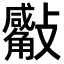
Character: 𣀣